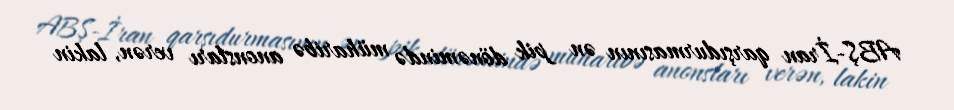
ABŞ-İran qarşıdurmasının ən pik dönəmində müharibə anonsları verən, lakin